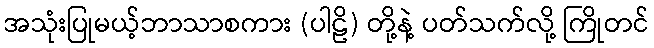
အသုံးပြုမယ့်ဘာသာစကား (ပါဠိ) တို့နဲ့ ပတ်သက်လို့ ကြိုတင်